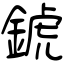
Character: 錿